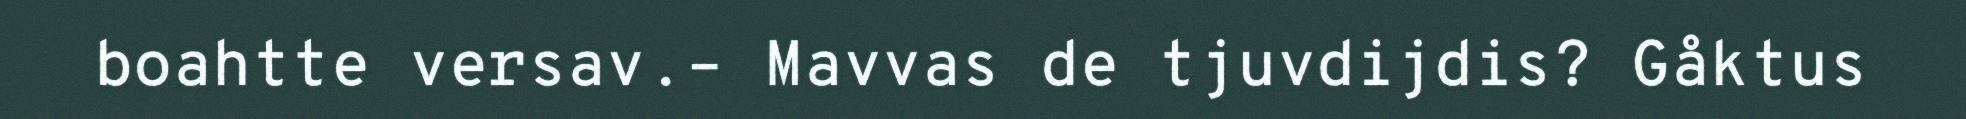
boahtte versav.– Mavvas de tjuvdijdis? Gåktus